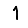
Digit: 1